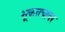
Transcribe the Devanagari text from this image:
भूकवचावर